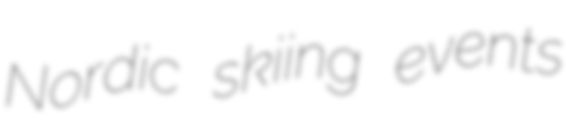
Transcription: Nordic skiing events